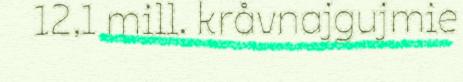
12,1 mill. kråvnajgujmie